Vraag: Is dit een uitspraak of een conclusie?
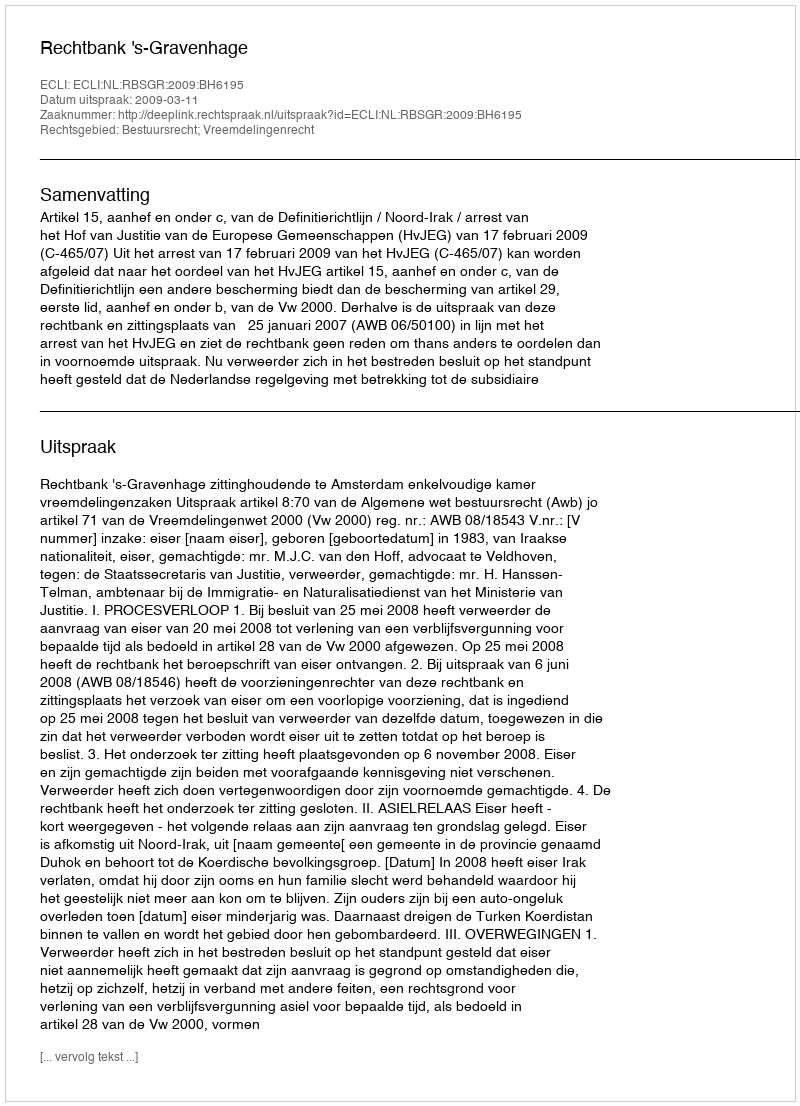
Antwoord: Uitspraak